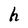
Character: h